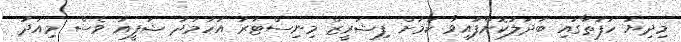
މިދިޔަ ހަފުތާގައި ބަދަލުކޮށްފަަައިވާ ކަމަށް ފިޝަރީޒް މިނިސްޓަރު އަހުމަދު ޝަފީއު ވެސް މިއަދު